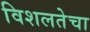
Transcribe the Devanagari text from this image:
विशलतेचा